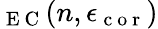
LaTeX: _\mathrm{~E~C~}(n,\epsilon_{\mathrm{~c~o~r~}})